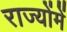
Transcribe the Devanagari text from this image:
राज्योंमें